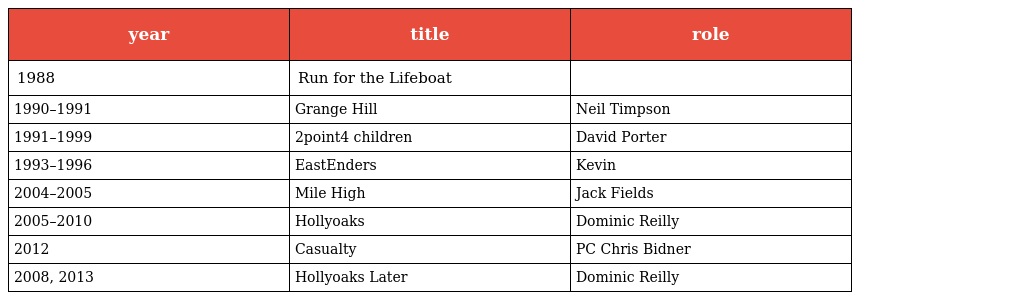
| year | title | role |
 | --- | --- | --- |
 | 1988 | Run for the Lifeboat |  |
 | 1990–1991 | Grange Hill | Neil Timpson |
 | 1991–1999 | 2point4 children | David Porter |
 | 1993–1996 | EastEnders | Kevin |
 | 2004–2005 | Mile High | Jack Fields |
 | 2005–2010 | Hollyoaks | Dominic Reilly |
 | 2012 | Casualty | PC Chris Bidner |
 | 2008, 2013 | Hollyoaks Later | Dominic Reilly |